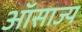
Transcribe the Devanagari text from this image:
ऑसाज्य